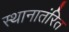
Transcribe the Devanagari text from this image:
स्थानातंरित